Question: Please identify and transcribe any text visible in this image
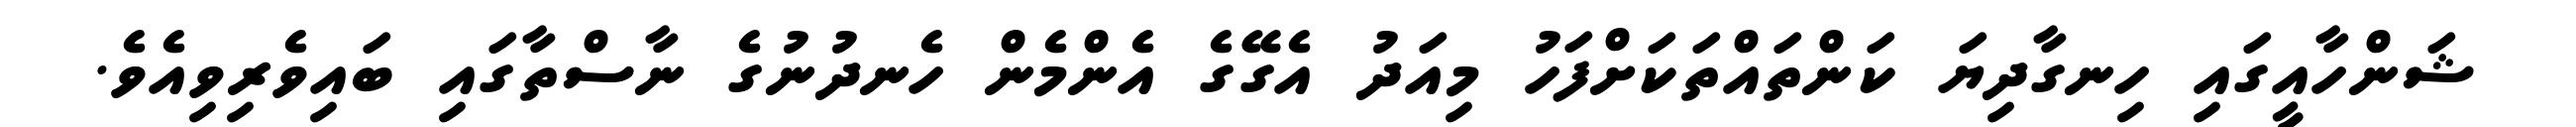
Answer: ޝަންހާއީގައި ހިނގާދިޔަ ކަންތައްތަކަށްފަހު މިއަދު އެގޭގެ އެންމެން ހެނދުނުގެ ނާސްތާގައި ބައިވެރިވިއެވެ.